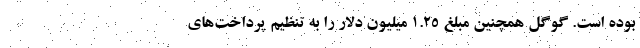
بوده است. گوگل همچنین مبلغ 1.25 میلیون دلار را به تنظیم پرداخت‌های